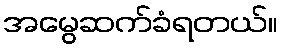
အမွေဆက်ခံရတယ်။